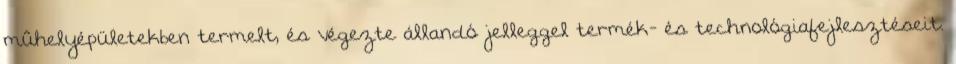
mûhelyépületekben termelt, és végezte állandó jelleggel termék- és technológiafejlesztéseit.